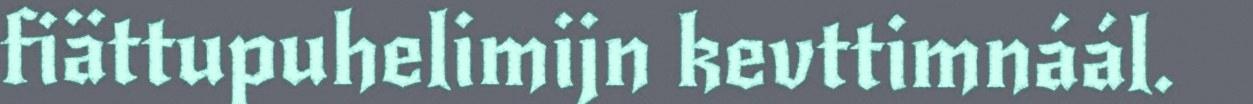
fiättupuhelimijn kevttimnáál.